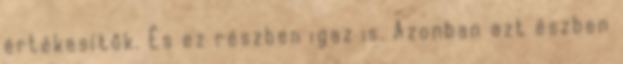
értékesítők. És ez részben igaz is. Azonban azt észben